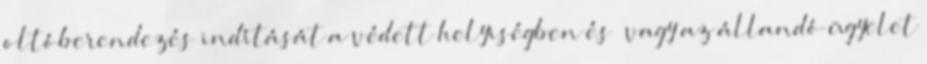
oltóberendezés indítását a védett helyiségben és vagy az állandó ügyelet